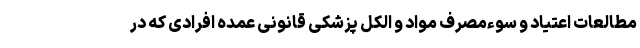
مطالعات اعتیاد و سوءمصرف مواد و الکل پزشکی قانونی عمده افرادی که در